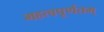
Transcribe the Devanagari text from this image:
महत्वपूर्णतम्